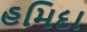
હમિદા